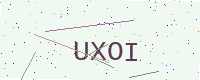
Text: UXOI